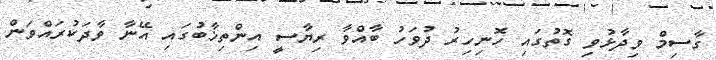
ގާސިމް ވިިދާޅުވި ގޮތުގައި ހޮނިހިރު ދުވަހު ބާއްވާ ރިޔާސީ އިންތިޚާބުގައި އޭނާ ވާދަކުރައްވަން